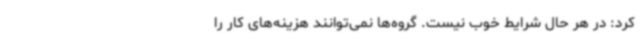
کرد: در هر حال شرایط خوب نیست. گروه‌ها نمی‌توانند هزینه‌های کار را